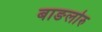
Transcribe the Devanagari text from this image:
बाङलोरु